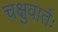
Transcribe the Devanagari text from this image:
चक्षुवार्तः